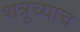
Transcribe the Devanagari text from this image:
शत्रूच्याच